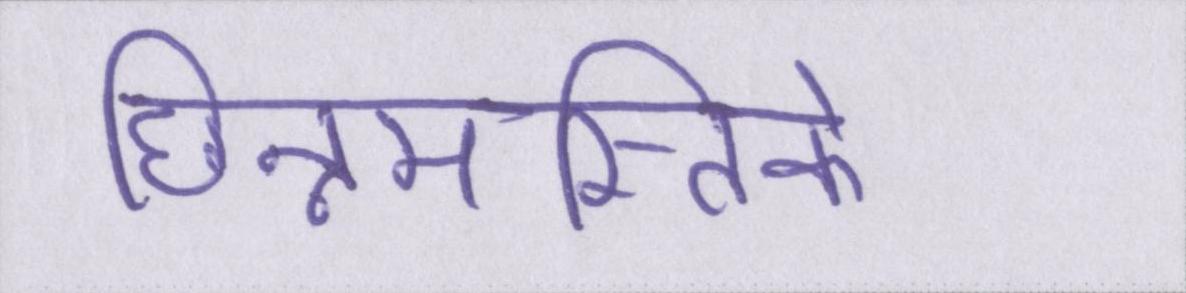
छिन्नमस्तिके